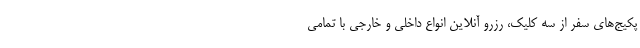
پکیج‌های سفر از سه کلیک، رزرو آنلاین انواع داخلی و خارجی با تمامی